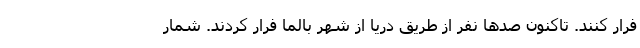
فرار کنند. تاکنون صدها نفر از طریق دریا از شهر بالما فرار کردند. شمار